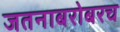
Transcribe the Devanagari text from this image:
जतनाबरोबरच